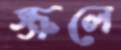
স্ক্রলে